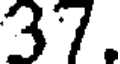
37.